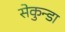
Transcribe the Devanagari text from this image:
सेकुन्डा